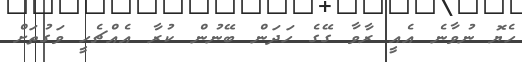
ހެޔޮ ނުވާނެ އެއީ ރާވާ ގޭގެ ހަދަން ބޭނުން ކުރާ އެއްޗެހީ ވަގުތަށް